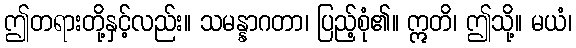
ဤတရားတို့နှင့်လည်း။ သမန္နာဂတာ၊ ပြည့်စုံ၏။ ဣတိ၊ ဤသို့။ မယံ၊